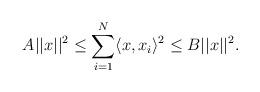
LaTeX: \begin{align*}A||x||^2 \leq \sum_{i=1}^N \langle x,x_i \rangle^2 \leq B||x||^2.\end{align*}